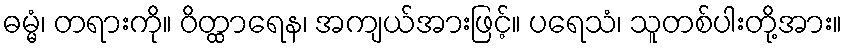
ဓမ္မံ၊ တရားကို။ ဝိတ္ထာရေန၊ အကျယ်အားဖြင့်။ ပရေသံ၊ သူတစ်ပါးတို့အား။